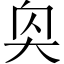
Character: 𪥌